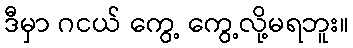
ဒီမှာ ဂငယ် ကွေ့ ကွေ့လို့မရဘူး။